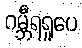
ဂမ္ဘီရရူပေ